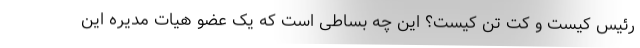
رئیس کیست و کت تن کیست؟ این چه بساطی است که یک عضو هیات مدیره این